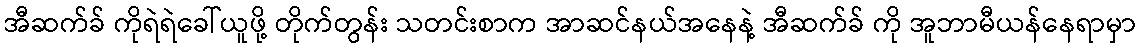
အီဆက်ခ် ကိုရဲရဲခေါ်ယူဖို့ တိုက်တွန်း သတင်းစာက အာဆင်နယ်အနေနဲ့ အီဆက်ခ် ကို အူဘာမီယန်နေရာမှာ